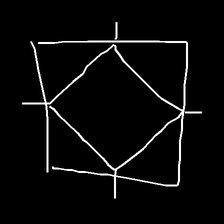
Glyph: light